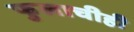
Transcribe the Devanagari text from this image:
फुलाचीही